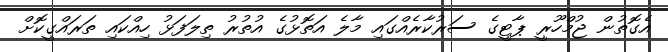
އެގޮތުން ޖުމްހޫރީ ޕާޓީގެ ސަރުކާރެއްގައި މާލެ އަތޮޅުގެ އުތުރު ތިލަފަޅު ހިއްކައި ތަރައްގީކޮށް